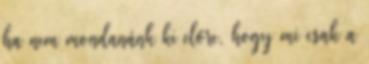
ha nem mondanánk ki előre, hogy mi csak a